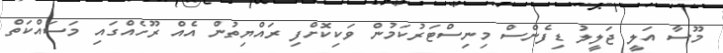
މޫސާ އަލީ ޖަލީލު ޑިފެންސް މިނިސްޓަރުކަމުން ވަކިކޮށްފި ރައްޔިތުން އެއް ރޫހެއްގައި މަސައްކަތް